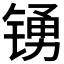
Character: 𲈑